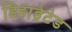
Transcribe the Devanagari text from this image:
डिहाड्रेटेड